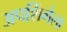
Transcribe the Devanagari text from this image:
अपशिंगेला